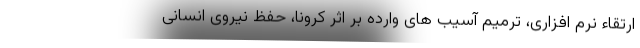
ارتقاء نرم افزاری، ترمیم آسیب های وارده بر اثر کرونا، حفظ نیروی انسانی